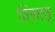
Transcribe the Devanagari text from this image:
विस्ततृ